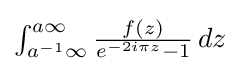
{\textstyle \int _{a^{-1}\infty }^{a\infty }{\frac {f(z)}{e^{-2i\pi z}-1}}\,dz}